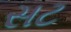
સટ